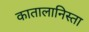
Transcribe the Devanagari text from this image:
कातालानिस्ता